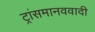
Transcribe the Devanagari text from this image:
ट्रांसमानववादी